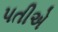
પતીએ